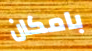
بامكان